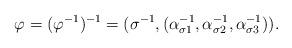
LaTeX: \begin{align*}\varphi=(\varphi^{-1})^{-1}=(\sigma^{-1},(\alpha^{-1}_{\sigma 1}, \alpha^{-1}_{\sigma 2}, \alpha^{-1}_{\sigma 3})).\end{align*}